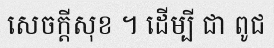
សេចក្តីសុខ ។ ដើម្បី ជា ពូជ